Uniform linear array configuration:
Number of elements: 12
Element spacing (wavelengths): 1
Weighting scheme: exponential
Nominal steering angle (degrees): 45
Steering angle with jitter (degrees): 45.749
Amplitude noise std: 0.05
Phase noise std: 0.05

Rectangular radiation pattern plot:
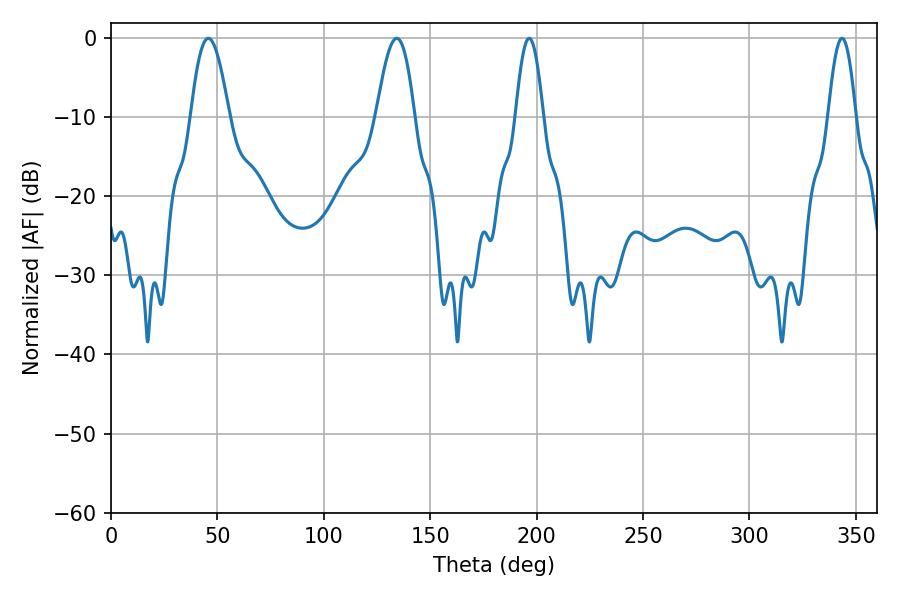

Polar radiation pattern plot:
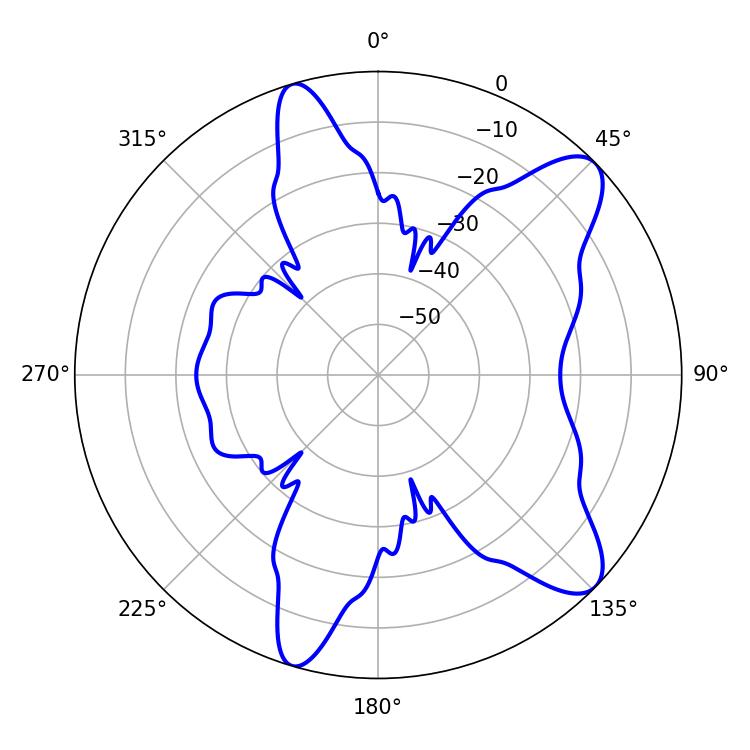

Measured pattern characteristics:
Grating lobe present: TRUE
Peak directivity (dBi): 9.908
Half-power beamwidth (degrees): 9.72
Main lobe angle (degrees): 45.72